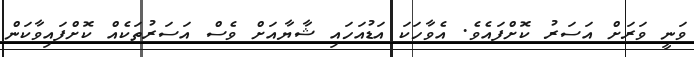
ވަނީ ވަރަށް އަސަރު ކޮށްފައެވެ. އެވާހަކަ އަޑުއަހައި ޝާޔާއަށް ވެސް އަސަރުތަކެއް ކޮށްފައިވާކަން